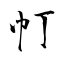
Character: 帄